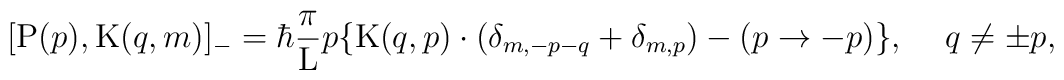
[{\rm P}(p) , {\rm K}(q,m)]_{-} =  \hbar \frac{\pi}{\rm L} p\{ {\rm K}(q,p) \cdot (\delta_{m,-p-q} + \delta_{m,p})- (p \rightarrow -p)\} , \hspace{ 5mm} q \neq \pm p,